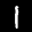
Label: 1